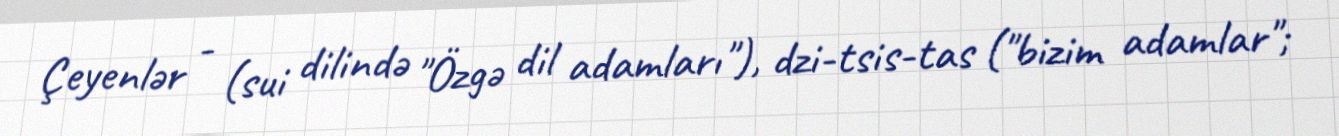
Çeyenlər - (sui dilində "Özgə dil adamları"), dzi-tsis-tas ("bizim adamlar";